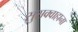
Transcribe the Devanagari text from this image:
सुसक्वाहाना